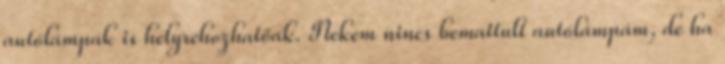
autólámpák is helyrehozhatóak. Nekem nincs bemattult autólámpám, de ha